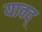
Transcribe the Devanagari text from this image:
यावद्